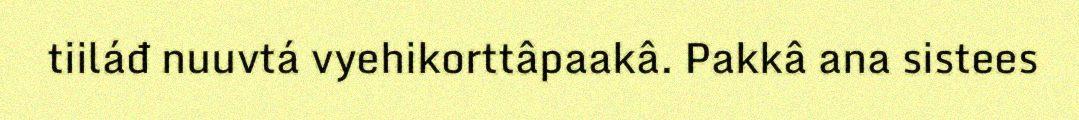
tiiláđ nuuvtá vyehikorttâpaakâ. Pakkâ ana sistees